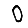
Digit: 0